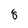
Character: 8